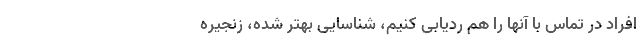
افراد در تماس با آنها را هم ردیابی کنیم، شناسایی بهتر شده، زنجیره